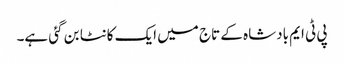
پی ٹی ایم بادشاہ کے تاج میں ایک کانٹا بن گئی ہے۔